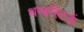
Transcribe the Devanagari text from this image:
थम्बस्टिकें